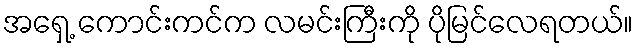
အရှေ့ ကောင်းကင်က လမင်းကြီးကို ပိုမြင်လေရတယ်။